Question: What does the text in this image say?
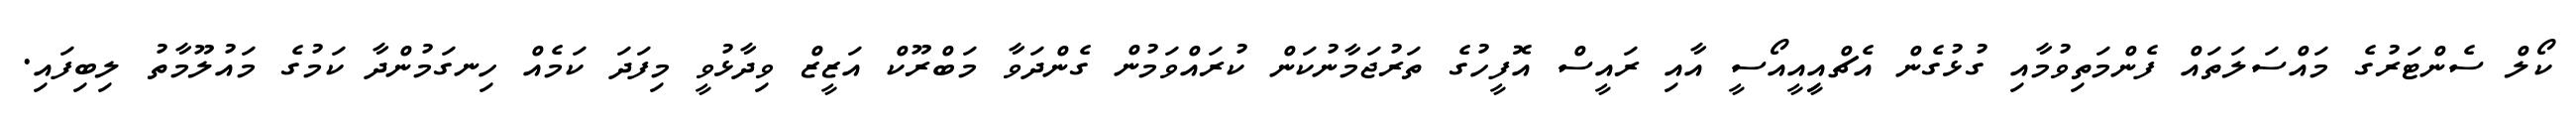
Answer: ކޯލް ސެންޓަރުގެ މައްސަލަތައް ފެންމަތިވުމާއި ގުޅުގެން އެޗްއިީއީއޯސީ އާއި ރައީސް އޮފީހުގެ ތަރުޖަމާނުކަން ކުރައްވަމުން ގެންދަވާ މަބްރޫކް އަޒީޒް ވިދާޅުވީ މިފަދަ ކަމެއް ހިނގަމުންދާ ކަމުގެ މައުލޫމާތު ލިބިފައި.